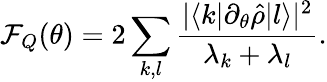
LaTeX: \mathcal{F}_{Q}(\theta)=2\sum_{k,l}\frac{|\langle k|\partial_{\theta}\hat{\rho}|l\rangle|^{2}}{\lambda_{k}+\lambda_{l}}.